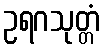
ဥရဂသုတ္တံ